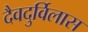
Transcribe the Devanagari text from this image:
दैवदुर्विलास